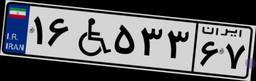
۱۶W۵۳۳۶۷